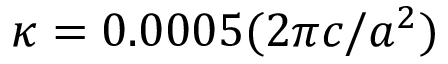
\kappa = 0 . 0 0 0 5 ( 2 \pi c / a ^ { 2 } )